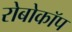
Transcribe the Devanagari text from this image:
रोबोकॉप